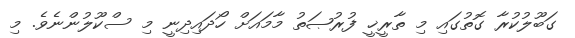
ގަބޫލުކުރާ ގޮތުގައި މި ތާރީޚީ ފުރުޞަތު މާމައަށް ހޯދައިދިނީ މި ސްކޫލުންނެވެ. މި